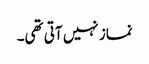
نماز نہیں آتی تھی۔